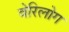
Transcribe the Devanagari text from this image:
वेरिलोग